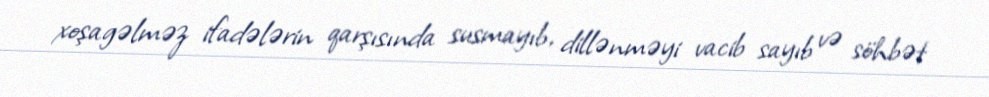
xoşagəlməz ifadələrin qarşısında susmayıb, dillənməyi vacib sayıb və söhbət